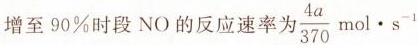
增至90\%时段NO的反应速率\frac{4a}{370}mol · s^{-1}